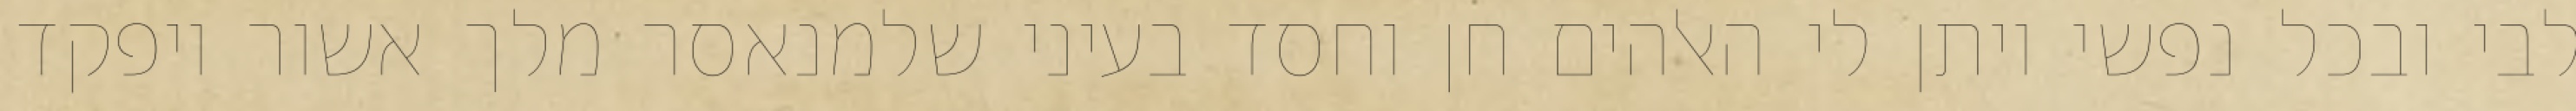
לבי ובכל נפשי ויתן לי האלהים חן וחסד בעיני שלמנאסר מלך אשור ויפקד